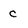
Character: c